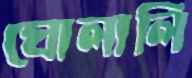
ঘোলালি